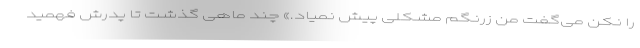
را نکن می‌گفت من زرنگم مشکلی پیش نمیاد.» چند ماهی گذشت تا پدرش فهمید